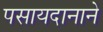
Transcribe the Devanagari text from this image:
पसायदानाने